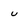
Character: u